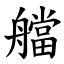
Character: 艡